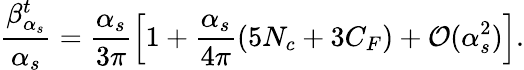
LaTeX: \frac{\beta_{\alpha_{s}}^{t}}{\alpha_{s}}=\frac{\alpha_{s}}{3\pi}\left[1+\frac{\alpha_{s}}{4\pi}(5N_{c}+3C_{F})+{\cal O}(\alpha_{s}^{2})\right].